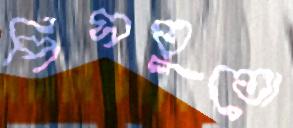
পিসতুতো